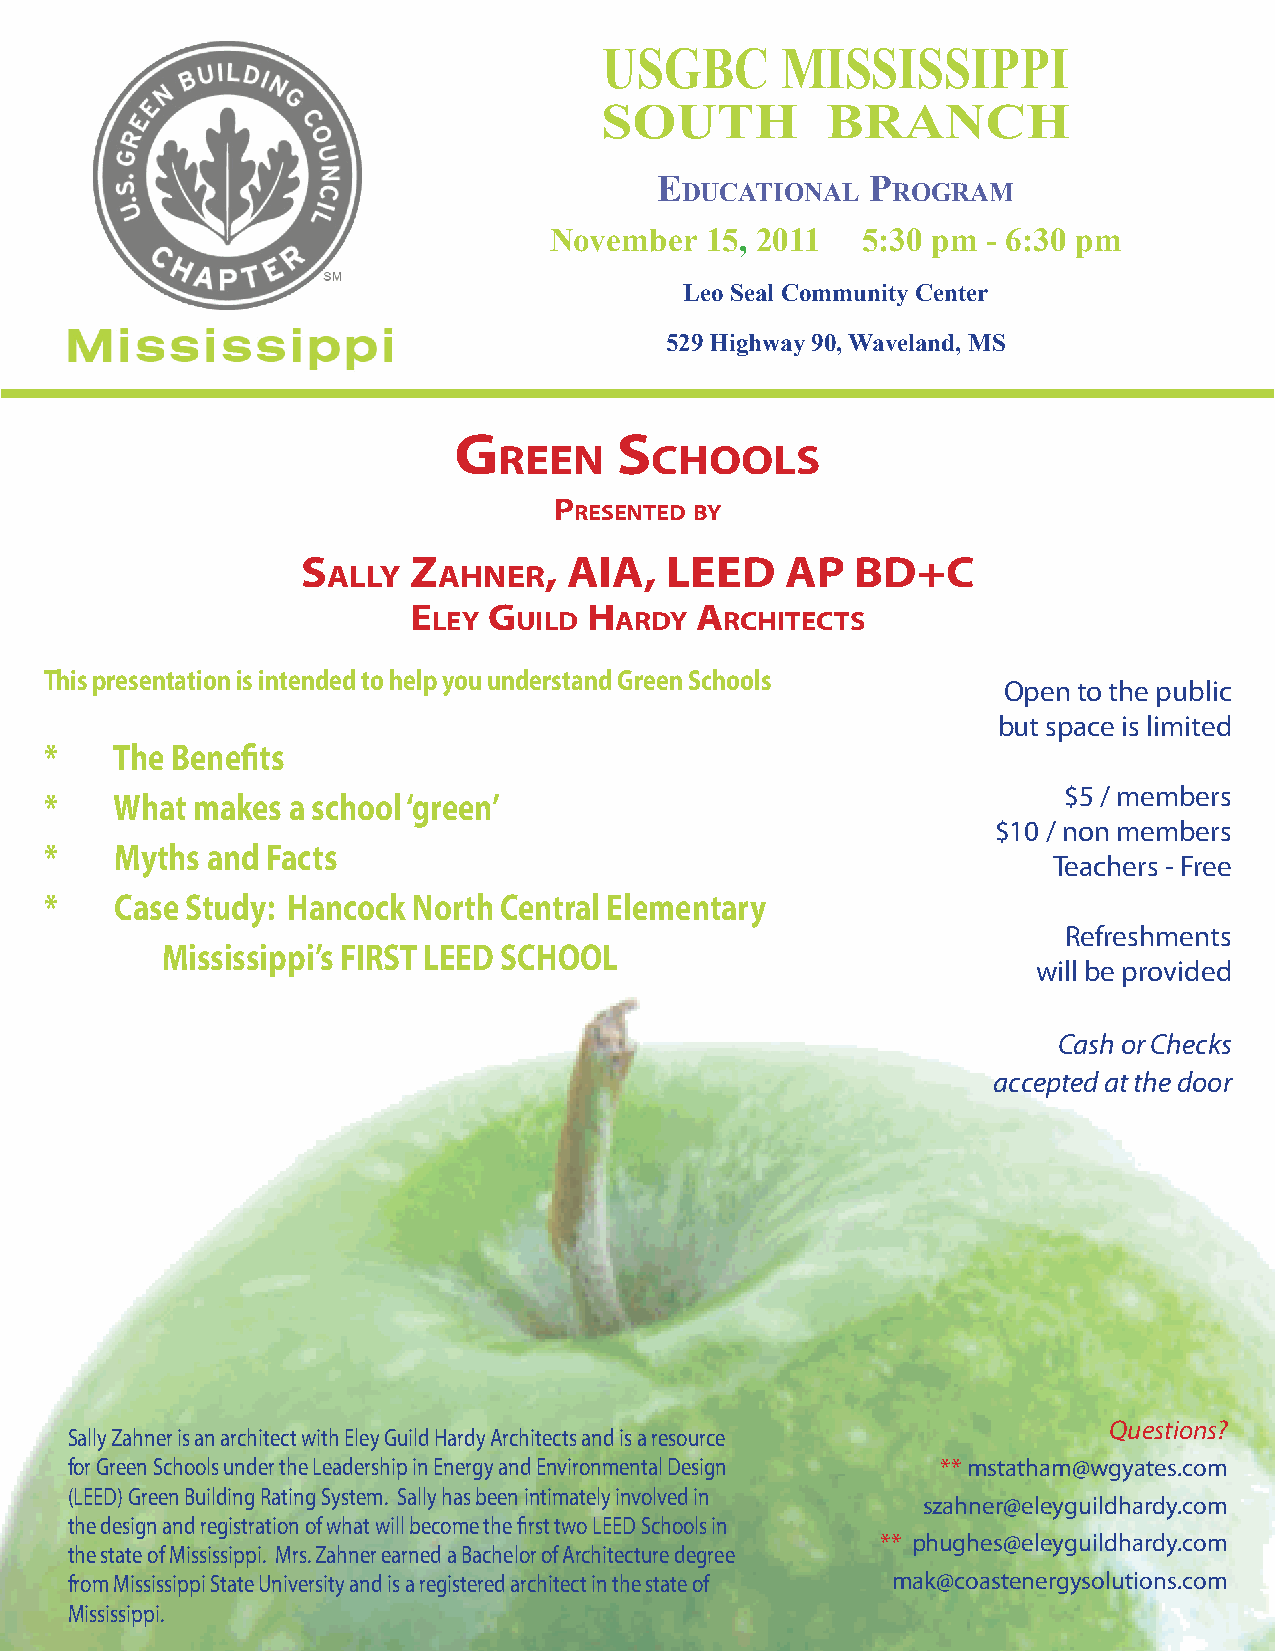
USGBC       MISSISSIPPI
 SOUTH          BRANCH
 E              P
 ducational    rogram
 November   15, 2011  5:30 pm - 6:30 pm
 Leo Seal Community Center
 529 Highway 90, Waveland, MS
 G          S
 reen      choolS
 P
 reSented by
 S      Z        , aIa,  leed    aP   bd+c
 ally   ahner
 e    G      h      a
 ley  uIld   ardy   rchItectS
 This presentation is intended to help you understand Green Schools
 Open to the public
 but space is limited
 *   The Benefits
 $5 / members
 *    What makes a school ‘green’
 $10 / non members
 *    Myths and Facts
 Teachers - Free
 *    Case Study: Hancock North Central Elementary
 Refreshments
 Mississippi’s FIRST LEED SCHOOL
 will be provided
 Cash or Checks
 accepted at the door
 Questions?
 Sally Zahner is an architect with Eley Guild Hardy Architects and is a resource
 for Green Schools under the Leadership in Energy and Environmental Design ** mstatham@wgyates.com
 (LEED) Green Building Rating System. Sally has been intimately involved in
 szahner@eleyguildhardy.com
 the design and registration of what will become the first two LEED Schools in
 ** phughes@eleyguildhardy.com
 the state of Mississippi. Mrs. Zahner earned a Bachelor of Architecture degree
 from Mississippi State University and is a registered architect in the state of mak@coastenergysolutions.com
 Mississippi.